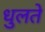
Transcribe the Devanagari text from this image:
धुलते